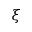
\xi